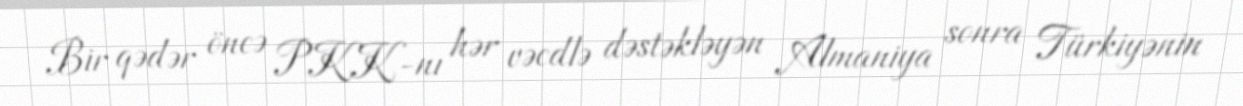
Bir qədər öncə PKK-nı hər vəcdlə dəstəkləyən Almaniya sonra Türkiyənin